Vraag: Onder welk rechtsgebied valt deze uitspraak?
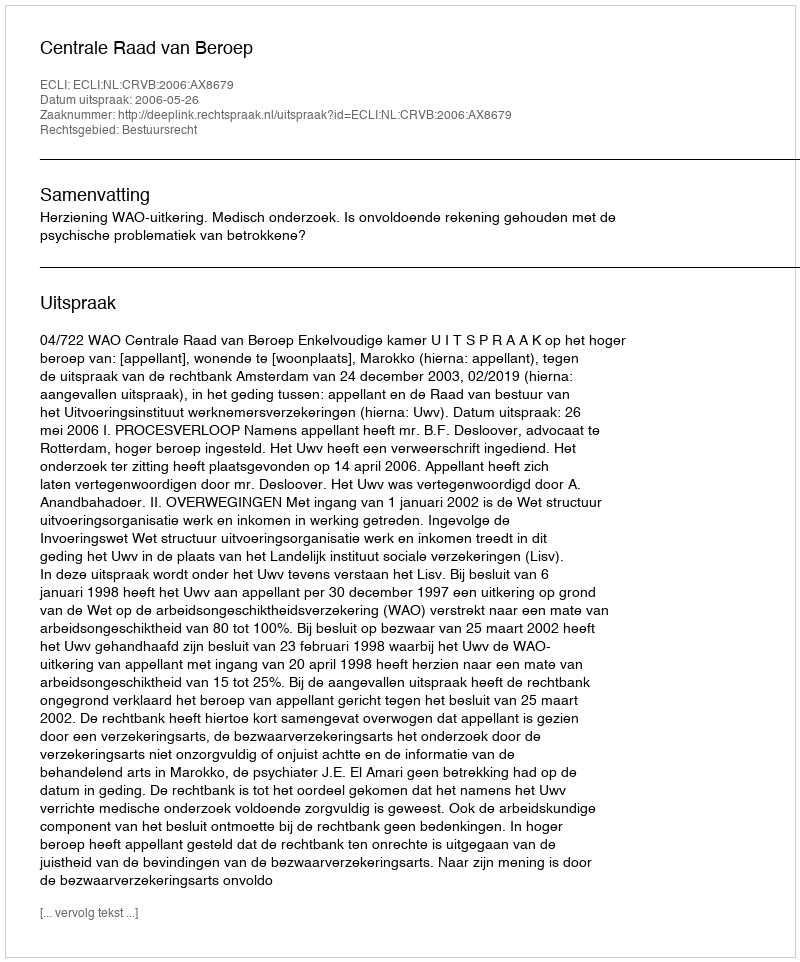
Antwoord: Bestuursrecht